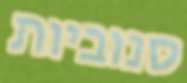
סנוביות